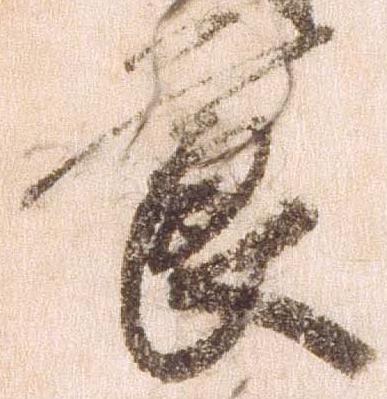
節